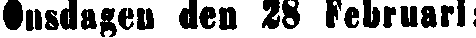
Onsdagen den 28 Februari: